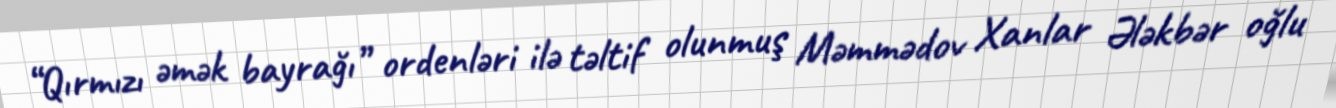
“Qırmızı əmək bayrağı” ordenləri ilə təltif olunmuş Məmmədov Xanlar Ələkbər oğlu